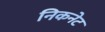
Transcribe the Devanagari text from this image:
निकनेट